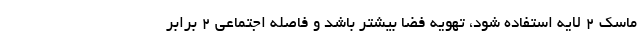
ماسک ۲ لایه استفاده شود، تهویه فضا بیشتر باشد و فاصله اجتماعی ۲ برابر